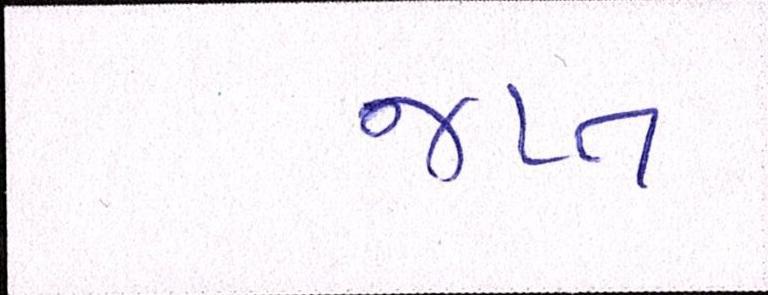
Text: જપ્ત